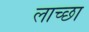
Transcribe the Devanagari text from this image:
लाच्छा